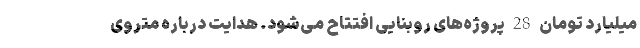
میلیارد تومان 28 پروژه‌های روبنایی افتتاح می‌شود. هدایت درباره متروی